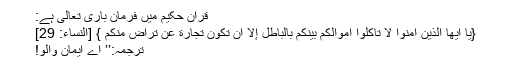
قرآن حکیم میں فرمانِ باری تعالیٰ ہے:
{يَا أَيُّهَا الَّذِيْنَ آمَنُوْا لَا تَأْكُلُوْٓا أَمْوَالَكُمْ بَيْنَكُمْ بِالْبَاطِلِ إِلَّآ أَنْ تَكُونَ تِجَارَةً عَنْ تَرَاضٍ مِّنْكُمْ } [النساء: 29]
ترجمہ:’’ اے ایمان والو!